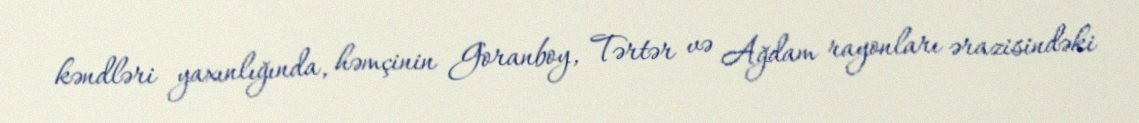
kəndləri yaxınlığında, həmçinin Goranboy, Tərtər və Ağdam rayonları ərazisindəki